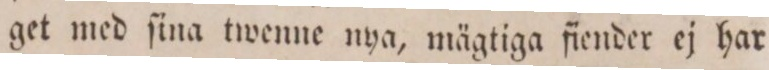
get med ſina twenne nya, mägtiga fiender ej har